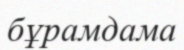
бұрамдама